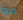
مرة